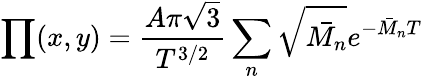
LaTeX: \prod(x,y)=\frac{A\pi\sqrt{3}}{T^{3/2}}\sum_{n}\sqrt{\bar{M_{n}}}e^{-\bar{M}_{n}T}